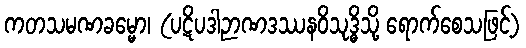
ကတသမဏခမ္မော၊ (ပဋိပဒါဉာဏဒဿနဝိသုဒ္ဓိသို့ ရောက်စေသဖြင့်)